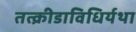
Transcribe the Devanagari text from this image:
तत्क्रीडाविधिर्यथा